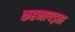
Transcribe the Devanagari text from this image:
कहनापड़ता